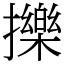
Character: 擽